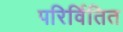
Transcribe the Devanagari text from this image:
परिर्वितित